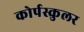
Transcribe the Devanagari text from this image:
कोर्पस्कुलर